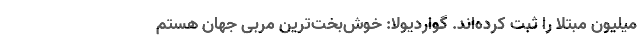
میلیون مبتلا را ثبت کرده‌اند. گواردیولا: خوش‌بخت‌ترین مربی جهان هستم